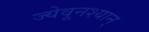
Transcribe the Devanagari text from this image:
ज्येवूनश्यान्